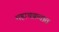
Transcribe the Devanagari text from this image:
महाचक्रवात